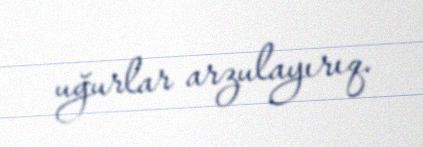
uğurlar arzulayırıq.